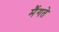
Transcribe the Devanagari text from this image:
मैंगते